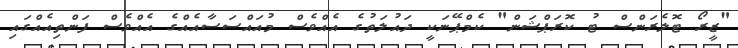
"ޒީރޯ ޓޮލެރަންސް ޓު ކޮރަޕްޝަން" ކެމްޕޭނަކީ ދައުލަތުގެ އެއްވެސް މުއައްސަސާއެއްގެ އެއްވެސް ފަންތިއެއްގައި